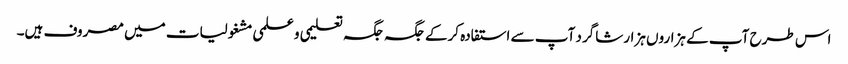
اس طرح آپ کے ہزاروں ہزار شاگرد آپ سے استفادہ کرکے جگہ جگہ تعلیمی وعلمی مشغولیات میں مصروف ہیں۔